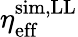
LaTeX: \eta_{\mathrm{eff}}^{\mathrm{sim,LL}}